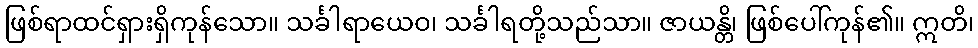
ဖြစ်ရာထင်ရှားရှိကုန်သော။ သင်္ခါရာယေဝ၊ သင်္ခါရတို့သည်သာ။ ဇာယန္တိ၊ ဖြစ်ပေါ်ကုန်၏။ ဣတိ၊